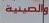
والصيية